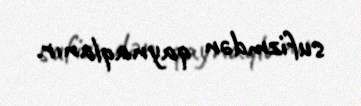
sufizmdən qaynaqlanır.